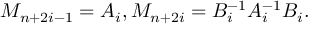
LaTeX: M _ { n + 2 i - 1 } = A _ { i } , M _ { n + 2 i } = B _ { i } ^ { - 1 } A _ { i } ^ { - 1 } B _ { i } .